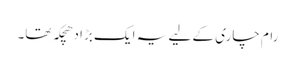
رام چاری کے لیے یہ ایک بڑا دھچکہ تھا۔